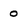
Character: o